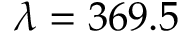
\lambda = 3 6 9 . 5